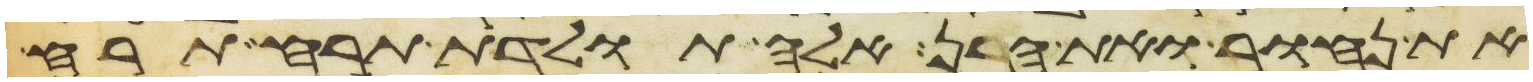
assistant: ואת נחור ואת הרן אלה תולדת תרח תרח